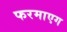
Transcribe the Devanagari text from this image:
फरमाएग